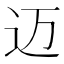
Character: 迈